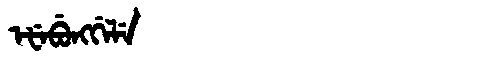
Manchu: ᡝᡶᡝᠪᡠᠩᡤᡝᠯᡝ
Romanization: EFEBUNGGELE